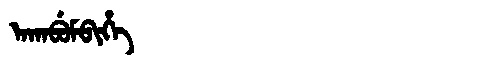
Manchu: ᠠᡴᠠᠪᡠᠮᠪᡳᡥᡝ
Romanization: AKABUMBIHE